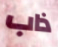
ذاب